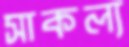
সাকল্য